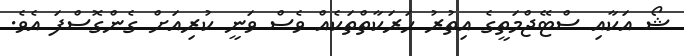
ޝޯ އަކާއި ސްޓޭޖްމަތީގެ އިތުރު ހަރަކާތްތަކެއް ވެސް ވަނީ ކުރިއަށް ގެންގޮސްފަ އެވެ.